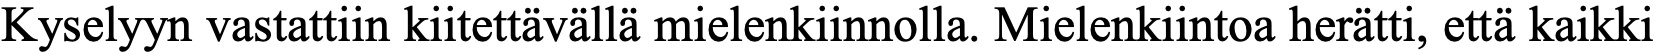
Kyselyyn vastattiin kiitettävällä mielenkiinnolla. Mielenkiintoa herätti, että kaikki